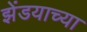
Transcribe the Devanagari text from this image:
झेंडयाच्या